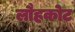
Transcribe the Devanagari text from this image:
लौहकोट